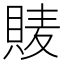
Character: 𧵷